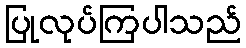
ပြုလုပ်ကြပါသည်